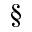
\S